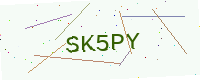
Text: SK5PY